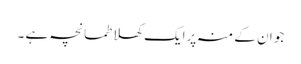
جو ان کے منہ پرایک کھلا طمانچہ ہے ۔